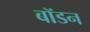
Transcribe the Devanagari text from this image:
बॉडन